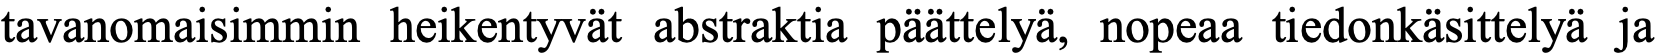
tavanomaisimmin heikentyvät abstraktia päättelyä, nopeaa tiedonkäsittelyä ja